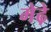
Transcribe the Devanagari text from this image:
मेढे़